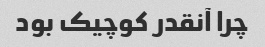
چرا آنقدر کوچیک بود